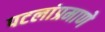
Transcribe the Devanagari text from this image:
पटलांप्रमाणे